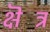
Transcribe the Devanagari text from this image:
क्षॆत्र